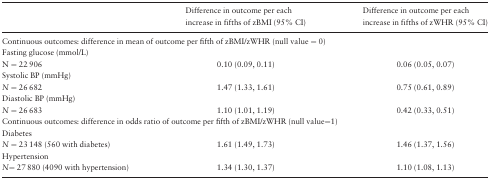
<table><thead><tr><td><b> </b></td><td><b>Difference in outcome per each increase in fifths of zBMI (95% CI)</b></td><td><b>Difference in outcome per each increase in fifths of zWHR (95% CI)</b></td></tr></thead><tbody><tr><td colspan="3">Continuous outcomes: difference in mean of outcome per fifth of zBMI/zWHR (null value = 0)</td></tr><tr><td>Fasting glucose (mmol/L)</td><td> </td><td> </td></tr><tr><td>N = 22 906</td><td>0.10 (0.09, 0.11)</td><td>0.06 (0.05, 0.07)</td></tr><tr><td>Systolic BP (mmHg)</td><td> </td><td> </td></tr><tr><td><i>N</i> = 26 682</td><td>1.47 (1.33, 1.61)</td><td>0.75 (0.61, 0.89)</td></tr><tr><td>Diastolic BP (mmHg)</td><td> </td><td> </td></tr><tr><td><i>N</i> = 26 683</td><td>1.10 (1.01, 1.19)</td><td>0.42 (0.33, 0.51)</td></tr><tr><td colspan="3">Continuous outcomes: difference in odds ratio of outcome per fifth of zBMI/zWHR (null value=1)</td></tr><tr><td>Diabetes</td><td> </td><td> </td></tr><tr><td><i>N</i> = 23 148 (560 with diabetes)</td><td>1.61 (1.49, 1.73)</td><td>1.46 (1.37, 1.56)</td></tr><tr><td>Hypertension</td><td> </td><td> </td></tr><tr><td><i>N</i>= 27 880 (4090 with hypertension)</td><td>1.34 (1.30, 1.37)</td><td>1.10 (1.08, 1.13)</td></tr></tbody></table>